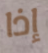
إذا